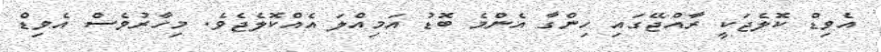
އެވިޑް ކޮލެޖަކީ ރާއްޖޭގައި ހިންގާ އެންމެ ބޮޑު އަމިއްލަ އެއްކޮލެޖެވެ. މިހާރުވެސް އެވިޑް